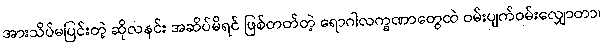
အားသိပ်မပြင်းတဲ့ ဆိုလနင်း အဆိပ်မိရင် ဖြစ်တတ်တဲ့ ရောဂါလက္ခဏာတွေထဲ ဝမ်းပျက်ဝမ်းလျှောတာ၊